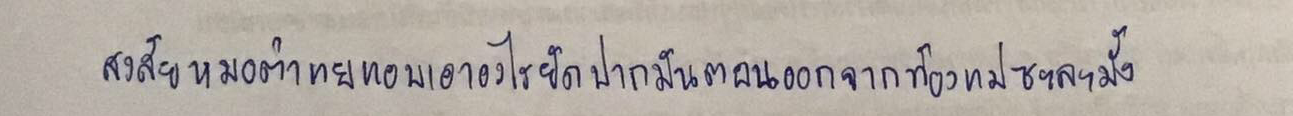
สงสัยหมอตำแยแอบเอาอะไรยัดปากมันตอนออกจากท้องแม่ซะละมั้ง